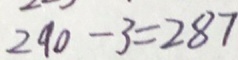
2 9 0 - 3 = 2 8 7